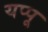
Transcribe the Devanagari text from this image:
यप्पू